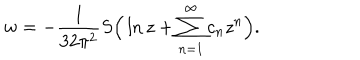
w = - \frac { 1 } { 3 2 \pi ^ { 2 } } S \Big ( \ln z + \sum _ { n = 1 } ^ { \infty } c _ { n } z ^ { n } \Big ) .